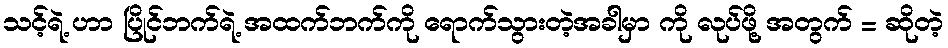
သင့်ရဲ့ ဟာ ပြိုင်ဘက်ရဲ့ အထက်ဘက်ကို ရောက်သွားတဲ့အခါမှာ ကို လုပ်ဖို့ အတွက် = ဆိုတဲ့